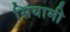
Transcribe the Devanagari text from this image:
सियामी